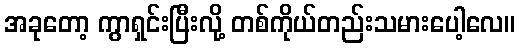
အခုတော့ ကွာရှင်းပြီးလို့ တစ်ကိုယ်တည်းသမားပေါ့လေ။